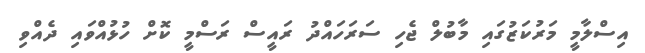
އިސްލާމީ މަރުކަޒުގައި މާބުލް ޖެހި ސަރަހައްދު ރައީސް ރަސްމީ ކޮށް ހުޅުއްވައި ދެއްވި